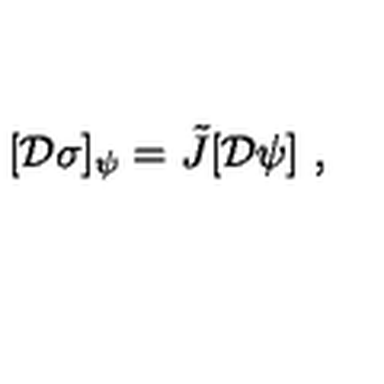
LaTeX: [ { \cal D } \sigma ] _ { \psi } = \tilde { J } [ { \cal D } \psi ] \ ,